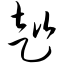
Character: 趑